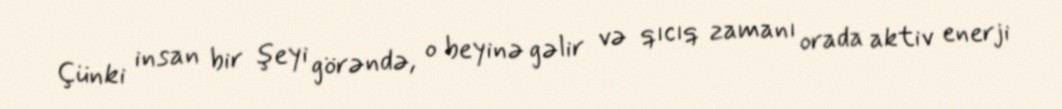
Çünki insan bir şeyi görəndə, o beyinə gəlir və qıcıq zamanı orada aktiv enerji